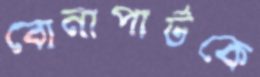
বোনাপার্টকে